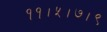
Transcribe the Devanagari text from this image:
११।५।७।९